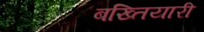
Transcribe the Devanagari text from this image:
बख्तियारी